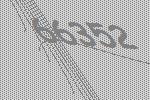
66352